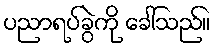
ပညာရပ်ခွဲကို ခေါ်သည်။